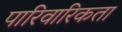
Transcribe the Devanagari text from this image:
पारिवारिकता